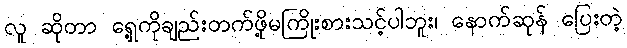
လူ ဆိုတာ ရှေ့ကိုချည်းတက်ဖို့မကြိုးစားသင့်ပါဘူး၊ နောက်ဆုန် ပြေးတဲ့